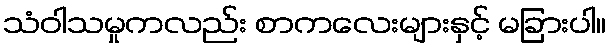
သံဝါသမှုကလည်း စာကလေးများနှင့် မခြားပါ။